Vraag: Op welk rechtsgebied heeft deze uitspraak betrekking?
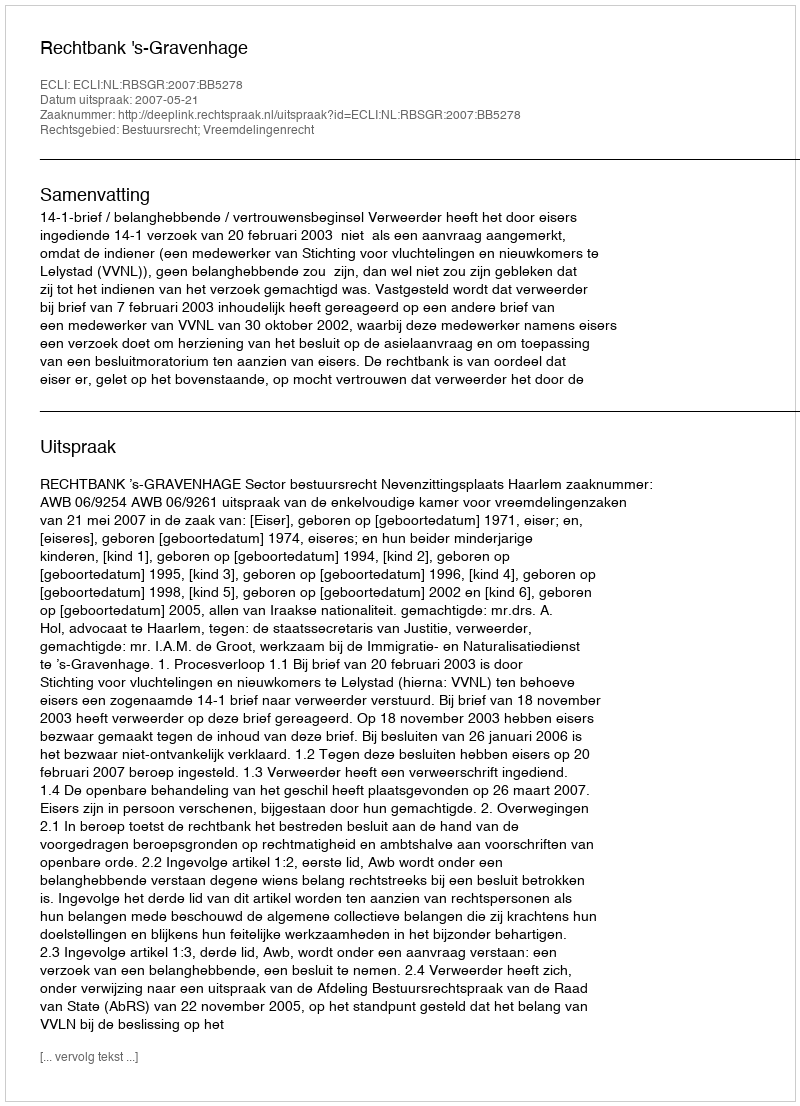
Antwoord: Bestuursrecht; Vreemdelingenrecht